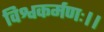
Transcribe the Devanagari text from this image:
विश्वकर्मणः।।